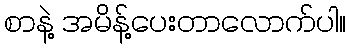
စာနဲ့ အမိန့်ပေးတာလောက်ပါ။